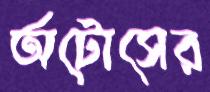
অটোসের